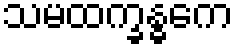
သမထက္ခန္ဓကေ